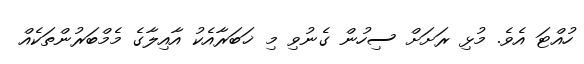
ހުއްޓަ އެވެ. މުޅި ރަށަށް ސިހުން ގެނުވި މި ޚަބަރާއެކު އާއިލާގެ މެމްބަރުންތަކެއް